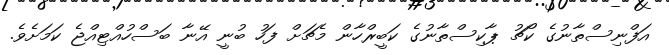
އަފްނިސްތާނުގެ ކޯޗު ޕާކިސްތާނުގެ ކަބީރްހާން މެޗަށް ފަހު ބުނީ އޭނާ ބަސްހުއްޓިއްޖެ ކަމަށެވެ.